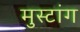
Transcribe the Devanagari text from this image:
मुस्टांग